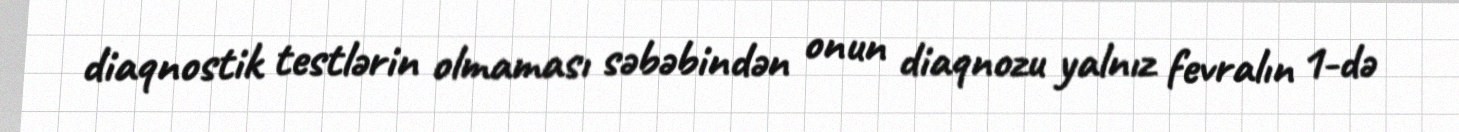
diaqnostik testlərin olmaması səbəbindən onun diaqnozu yalnız fevralın 1-də